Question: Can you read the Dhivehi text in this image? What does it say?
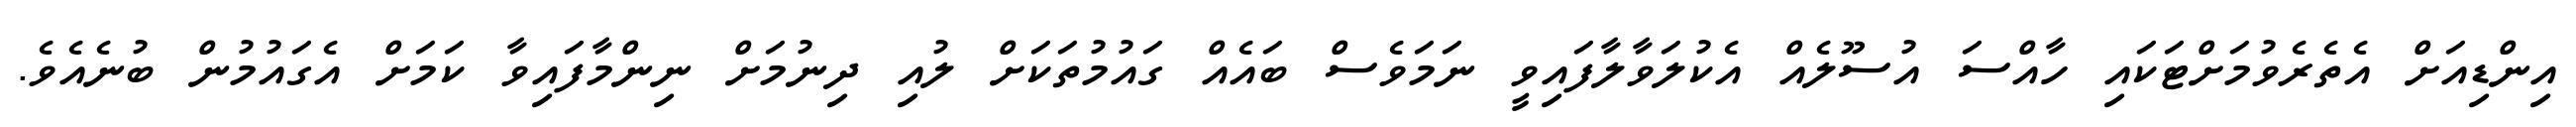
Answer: އިންޑިއަށް އެތެރެވުމަށްޓަކައި ހާއްސަ އުސޫލެއް އެކުލަވާލާފައިވީ ނަމަވެސް ބައެއް ގައުމުތަކަށް ލުއި ދިނުމަށް ނިންމާފައިވާ ކަމަށް އެގައުމުން ބުނެއެވެ.